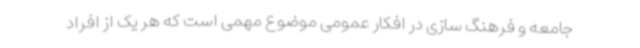
جامعه و فرهنگ سازی در افکار عمومی موضوع مهمی است که هر یک از افراد